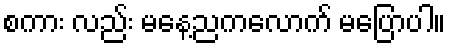
စကား လည်း မနေ့ညကလောက် မပြောပါ။